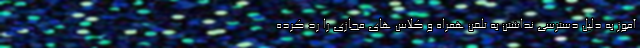
آموز به دلیل دسترسی نداشتن به تلفن همراه و کلاس های مجازی را رد کرده